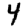
Digit: 4